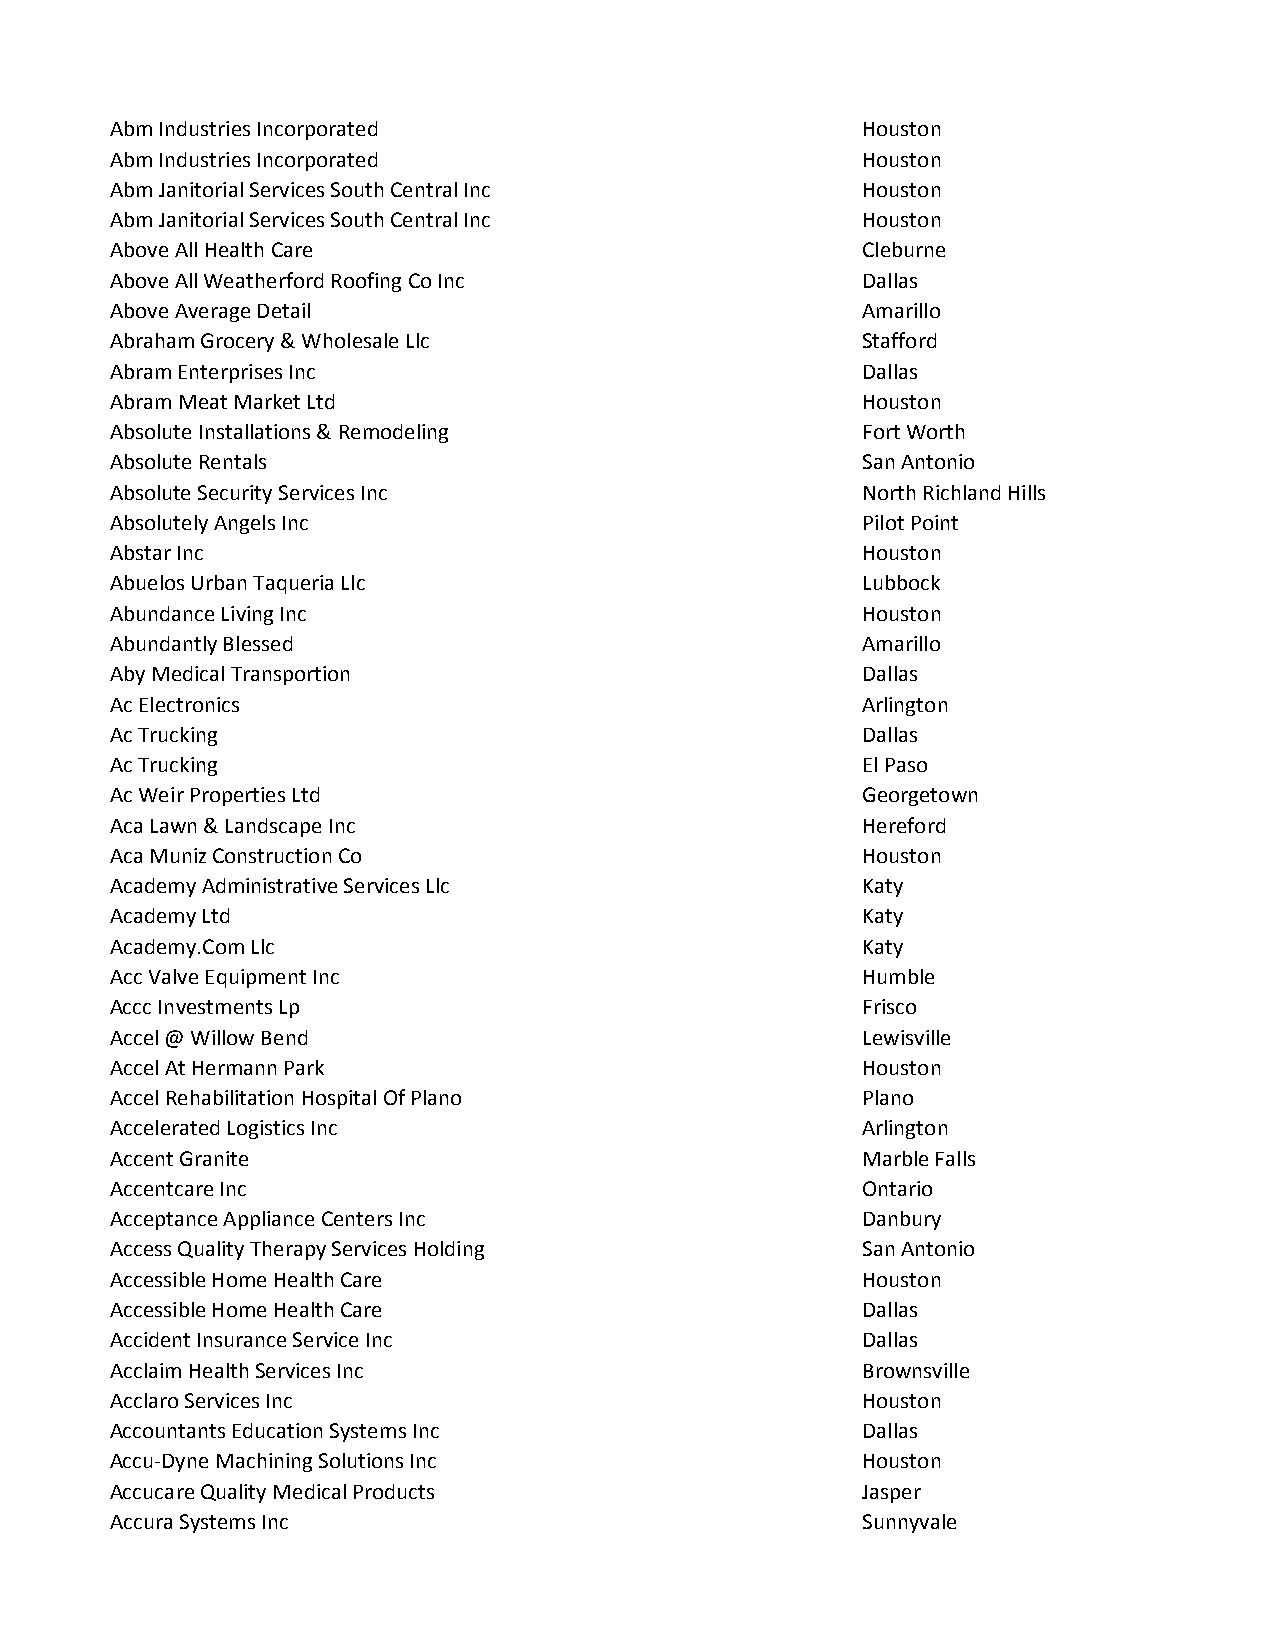
Abm Industries Incorporated                       Houston
 Abm Industries Incorporated                       Houston
 Abm Janitorial Services South Central Inc         Houston
 Abm Janitorial Services South Central Inc         Houston
 Above All Health Care                             Cleburne
 Above All Weatherford Roofing Co Inc              Dallas
 Above Average Detail                              Amarillo
 Abraham Grocery & Wholesale Llc                   Stafford
 Abram Enterprises Inc                             Dallas
 Abram Meat Market Ltd                             Houston
 Absolute Installations & Remodeling               Fort Worth
 Absolute Rentals                                  San Antonio
 Absolute Security Services Inc                    North Richland Hills
 Absolutely Angels Inc                             Pilot Point
 Abstar Inc                                        Houston
 Abuelos Urban Taqueria Llc                        Lubbock
 Abundance Living Inc                              Houston
 Abundantly Blessed                                Amarillo
 Aby Medical Transportion                          Dallas
 Ac Electronics                                    Arlington
 Ac Trucking                                       Dallas
 Ac Trucking                                       El Paso
 Ac Weir Properties Ltd                            Georgetown
 Aca Lawn & Landscape Inc                          Hereford
 Aca Muniz Construction Co                         Houston
 Academy Administrative Services Llc               Katy
 Academy Ltd                                       Katy
 Academy.Com Llc                                   Katy
 Acc Valve Equipment Inc                           Humble
 Accc Investments Lp                               Frisco
 Accel @ Willow Bend                               Lewisville
 Accel At Hermann Park                             Houston
 Accel Rehabilitation Hospital Of Plano            Plano
 Accelerated Logistics Inc                         Arlington
 Accent Granite                                    Marble Falls
 Accentcare Inc                                    Ontario
 Acceptance Appliance Centers Inc                  Danbury
 Access Quality Therapy Services Holding           San Antonio
 Accessible Home Health Care                       Houston
 Accessible Home Health Care                       Dallas
 Accident Insurance Service Inc                    Dallas
 Acclaim Health Services Inc                       Brownsville
 Acclaro Services Inc                              Houston
 Accountants Education Systems Inc                 Dallas
 Accu-Dyne Machining Solutions Inc                 Houston
 Accucare Quality Medical Products                 Jasper
 Accura Systems Inc                                Sunnyvale